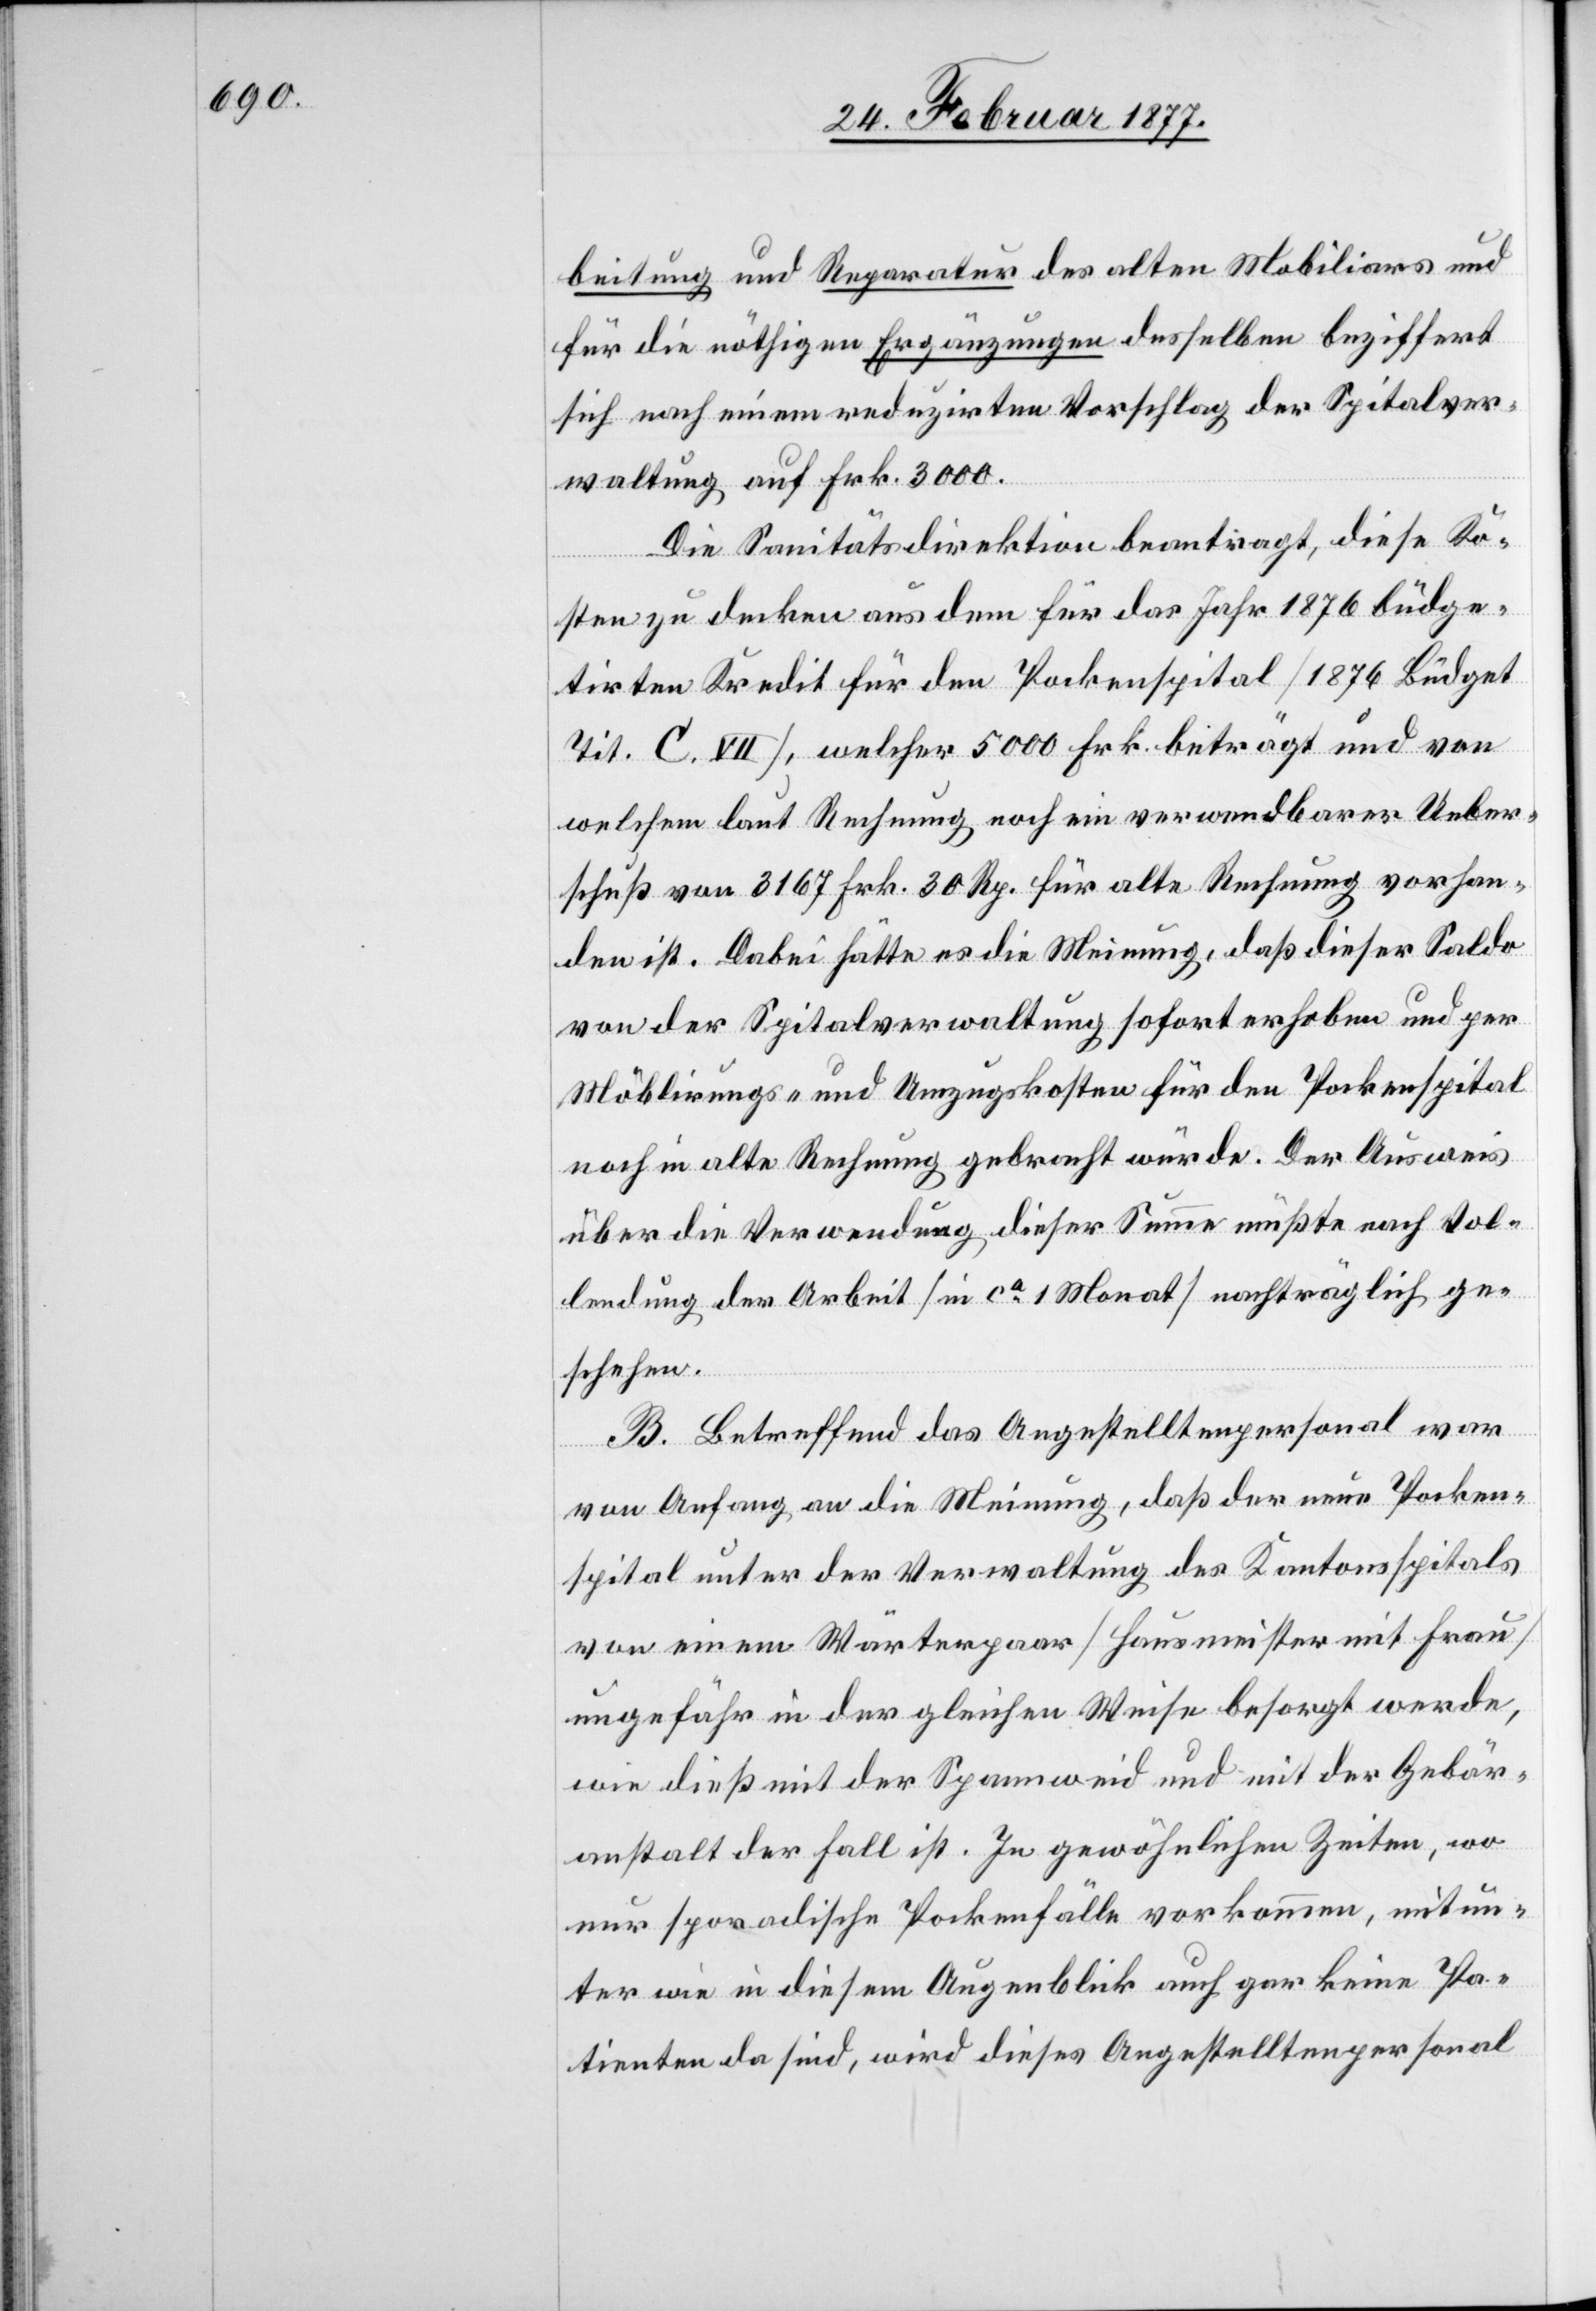
beitung und Reparatur des alten Mobiliars und
für die nöthigen Ergänzungen desselben beziffert
sich nach einem reduzirten Vorschlag der Spitalver¬
waltung auf Frk. 3000.
Die Sanitätsdirektion beantragt, diese Ko¬
sten zu decken aus dem für das Jahr 1876 büdge¬
tirten Kredit für den Pockenspital [1876 Büdget
Tit. C. VII], welcher 5000 Frk. beträgt und von
welchem laut Rechnung noch ein verwendbarer Ueber¬
schuß von 3167 Frk. 30 Rp. für alte Rechnung vorhan¬
den ist. Dabei hätte es die Meinung, daß dieser Saldo
von der Spitalverwaltung sofort erhoben und per
Möblirungs- und Umzugskosten für den Pockenspital
noch in alte Rechnung gebracht würde. Der Ausweis
über die Verwendung dieser Summe müßte nach Vol¬
lendung der Arbeit [in ca 1 Monat] nachträglich ge¬
schehen.
B. Betreffend das Angestelltenpersonal war
von Anfang an die Meinung, daß der neue Pocken¬
spital unter der Verwaltung des Kantonsspitals
von einem Wärterpaar [Hausmeister mit Frau]
ungefähr in der gleichen Weise besorgt werde,
wie dieß mit der Spannweid und mit der Gebär¬
anstalt der Fall ist. In gewöhnlichen Zeiten, wo
nur sporadische Pockenfälle vorkommen, mitun¬
ter wie in diesem Augenblick auch gar keine Pa¬
tienten da sind, wird dieses Angestelltenpersonal